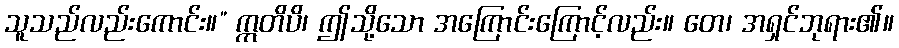
သူသည်လည်းကောင်း။” ဣတိပိ၊ ဤသို့သော အကြောင်းကြောင့်လည်း။ တေ၊ အရှင်ဘုရား၏။